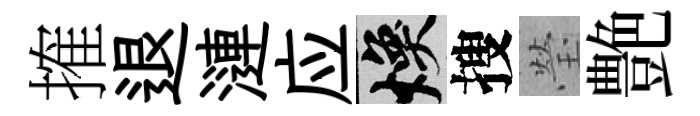
搉退漣应焕搜瑩艶